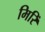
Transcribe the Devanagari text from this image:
मिरिं